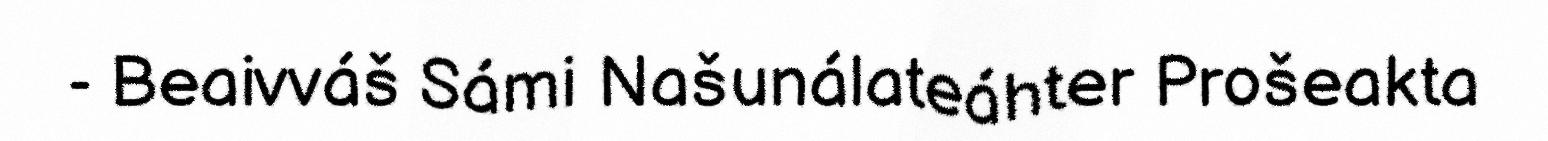
- Beaivváš Sámi Našunálateáhter Prošeakta